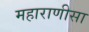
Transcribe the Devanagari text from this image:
महाराणीसा